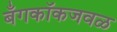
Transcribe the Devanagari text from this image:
बँगकॉकजवळ